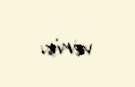
verir.